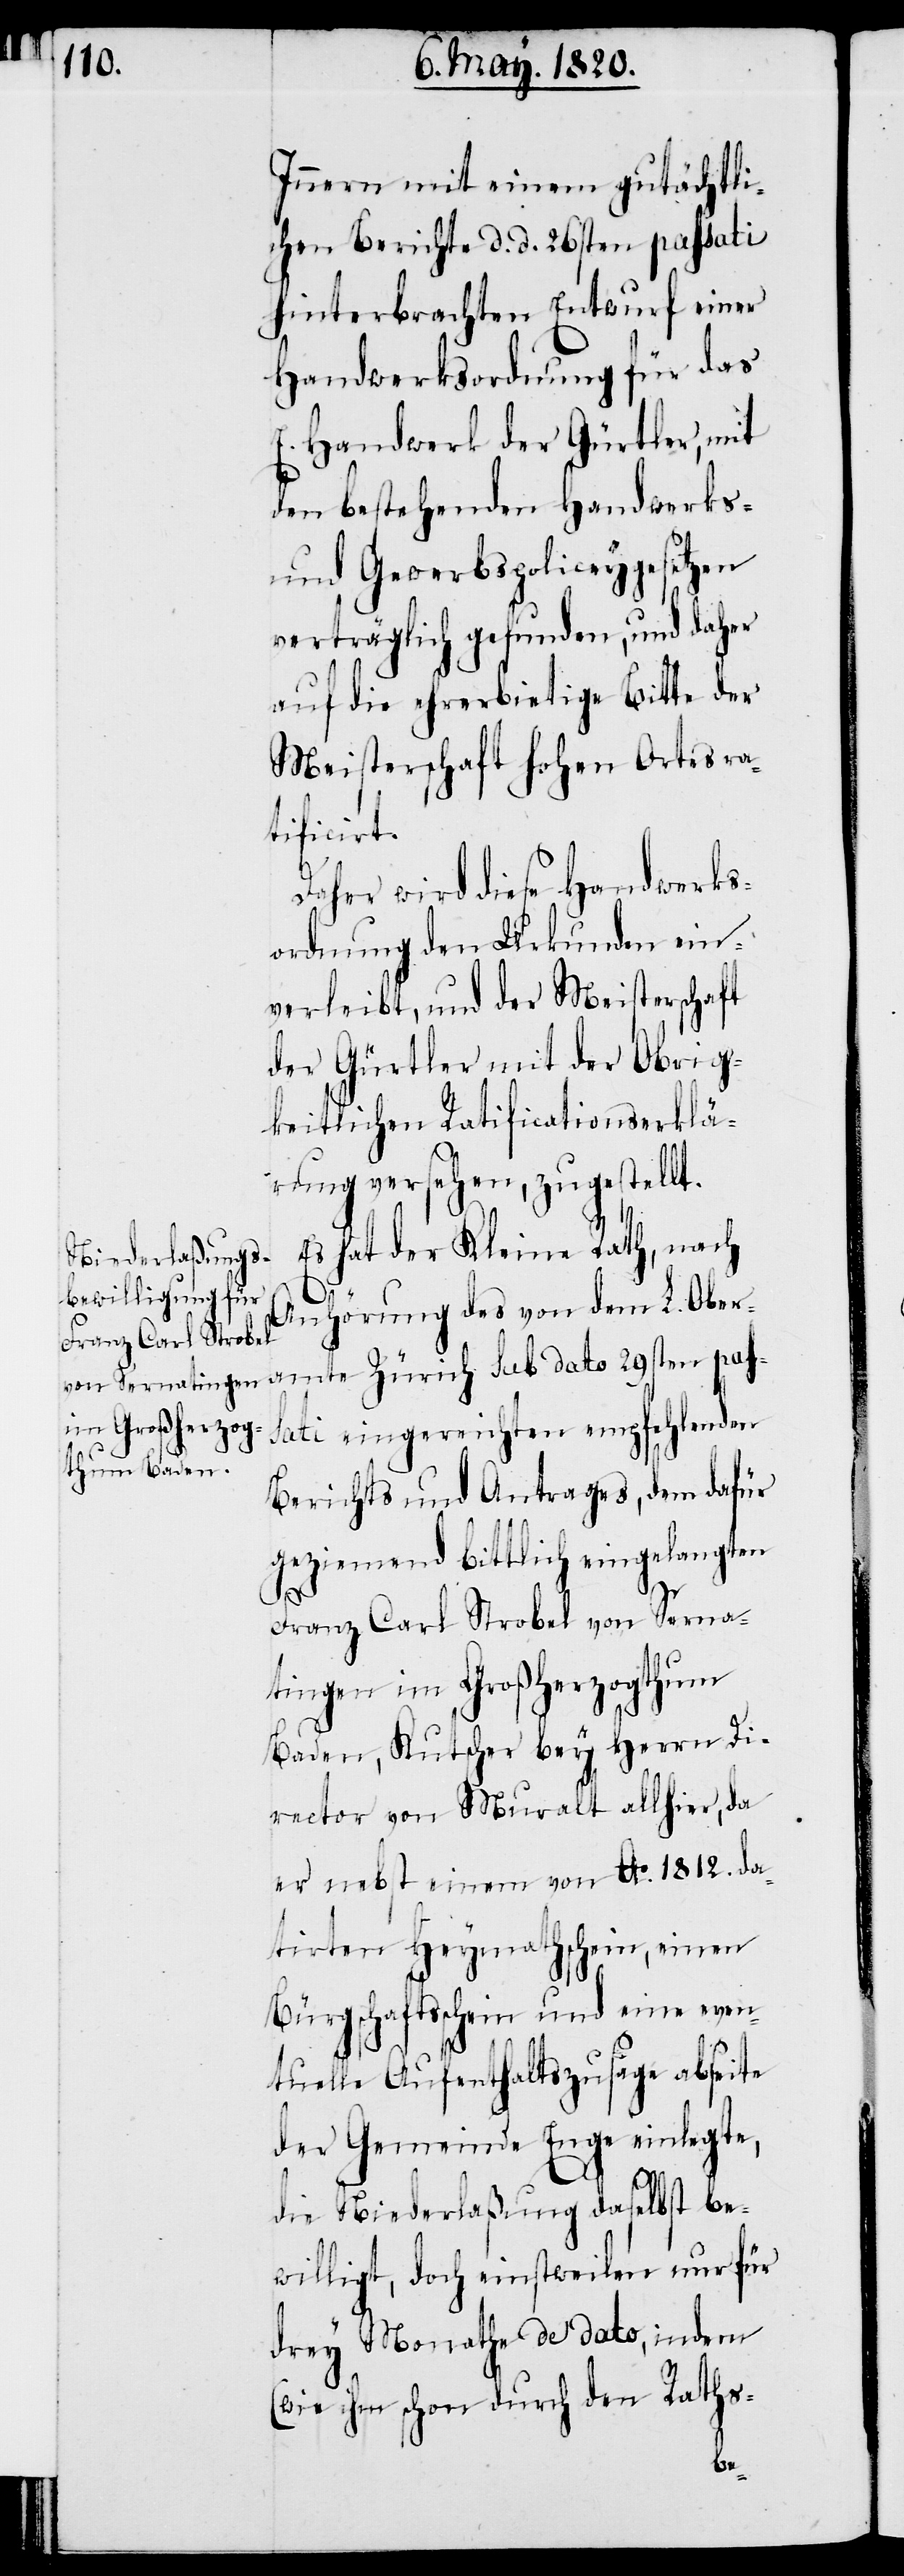
Innern mit einem gutächtli¬
chen Berichte d. d. 26sten passati
hinterbrachten Entwurf einer
Handwerksordnung für das
E. Handwerk der Gürtler, mit
den bestehenden Handwerks-
und Gewerbspoliceygesetzen
verträglich gefunden, und daher
auf die ehrerbietige Bitte der
Meisterschaft Hohen Ortes ra¬
tificirt.
Daher wird diese Handwerks¬
ordnung den Urkunden ein¬
verleibt, und der Meisterschaft
der Gürtler mit der Obrig¬
keitlichen Ratificationserklä¬
rung versehen, zugestellt.
Es hat der Kleine Rath, nach
pas¬
Anhörung des von dem L. Ober¬
sati eingereichten empfehlenden
Berichts und Antrages, dem dafür
geziemend bittlich eingelangten
Franz Carl Strobel von Serna¬
tingen im Großherzogthum
Baden, Kutscher bey Herrn Di¬
rector von Muralt allhier, da
er nebst einem von Ao. 1812. da¬
tirten Heymathschein, einen
Bürgschaftsschein und eine even¬
tuelle Aufenthaltszusage abseite
der Gemeinde Enge einlegte,
die Niederlaßung daselbst be¬
willigt, doch einstweilen nur für
drey Monathe de dato, indem
(wie ihm schon durch den Raths-